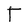
Character: t